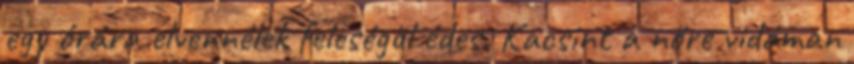
egy órára elvennélek feleségül édes. Kacsint a nőre vidáman